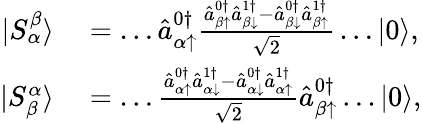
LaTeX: \begin{array}{rl}{|S_{\alpha}^{\beta}\rangle}&{{}=\dots\hat{a}_{\alpha\uparrow}^{0\dagger}\frac{\hat{a}_{\beta\uparrow}^{0\dagger}\hat{a}_{\beta\downarrow}^{1\dagger}-\hat{a}_{\beta\downarrow}^{0\dagger}\hat{a}_{\beta\uparrow}^{1\dagger}}{\sqrt{2}}\dots|0\rangle,}\\ {|S_{\beta}^{\alpha}\rangle}&{{}=\dots\frac{\hat{a}_{\alpha\uparrow}^{0\dagger}\hat{a}_{\alpha\downarrow}^{1\dagger}-\hat{a}_{\alpha\downarrow}^{0\dagger}\hat{a}_{\alpha\uparrow}^{1\dagger}}{\sqrt{2}}\hat{a}_{\beta\uparrow}^{0\dagger}\dots|0\rangle,}\end{array}